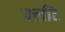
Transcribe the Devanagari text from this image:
फ्लींट